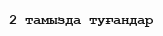
2 тамызда туғандар